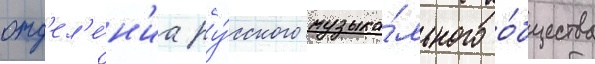
отд'ел'е́н'иа ру́сского музыка́льного о́бщества